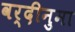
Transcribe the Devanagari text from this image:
वर्दीनुमा